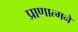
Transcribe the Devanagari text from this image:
प्राणात्मने